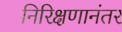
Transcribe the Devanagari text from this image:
निरिक्षणानंतर